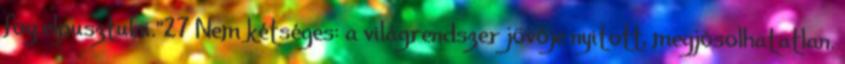
fog elpusztulni.”27 Nem kétséges: a világrendszer jövője nyitott, megjósolhatatlan.